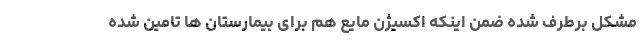
مشکل برطرف شده ضمن اینکه اکسیژن مایع هم برای بیمارستان ها تامین شده